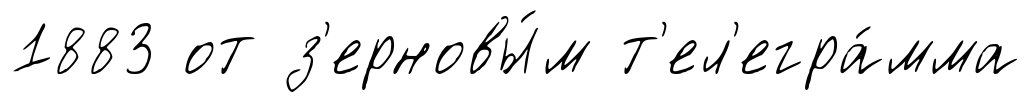
1883 от з'ерновы́м т'ел'егра́мма